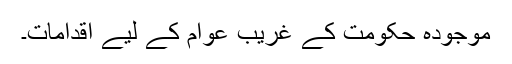
موجودہ حکومت کے غریب عوام کے لیے اقدامات۔